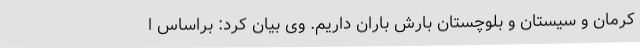
کرمان و سیستان و بلوچستان بارش باران داریم. وی بیان کرد: براساس ا